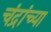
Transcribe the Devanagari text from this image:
चंद्रांच्या